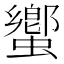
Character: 蠁